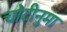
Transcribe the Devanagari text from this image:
चोटीनुमा